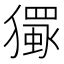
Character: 𱮦